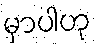
မှာပါဟု